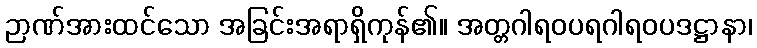
ဉာဏ်အားထင်သော အခြင်းအရာရှိကုန်၏။ အတ္တဂါရဝပရဂါရဝပဒဋ္ဌာနာ၊